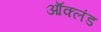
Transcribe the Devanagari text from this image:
ऑक्लंड